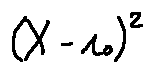
( X - r _ { 0 } ) ^ { 2 }